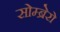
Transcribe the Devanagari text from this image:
सोम्ब्रेरो